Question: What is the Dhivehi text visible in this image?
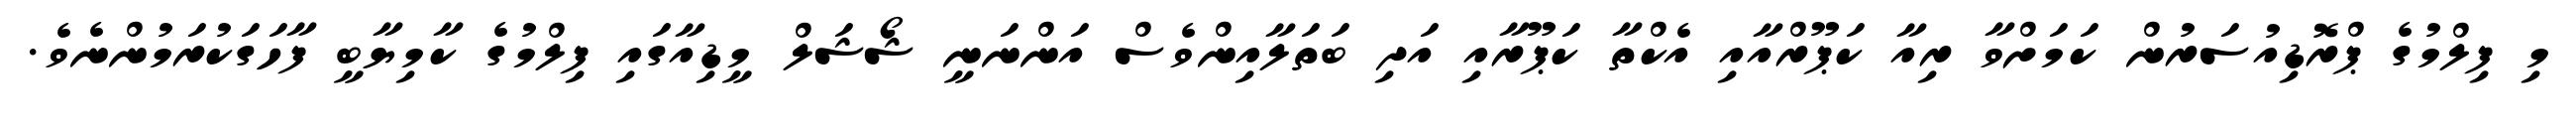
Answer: މި ފިލްމުގެ ޕްރޮޑިއުސަރުން ކަމަށްވާ ރިއާ ކަޕޫރްއާއި އެކްތާ ކަޕޫރާއި އަދި ބަތަލާއިންވެސް އަންނަނީ ޝޯޝަލް މީޑިއާގައި ފިލްމުގެ ކާމިޔާބީ ފާހަގަކުރަމުންނެވެ.